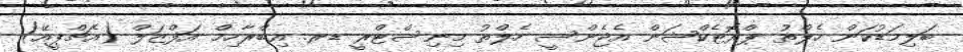
ބަލިމަޑުކަން ހެލްތު ޕްރޮޓެކްޝަން އެޖެންސީ ހެލްތު މިނިސްޓްރީ ޑރ. އިބްރާހިމް އަފްޒަލް (އެޗްޕީއޭ)